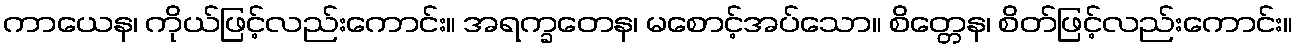
ကာယေန၊ ကိုယ်ဖြင့်လည်းကောင်း။ အရက္ခတေန၊ မစောင့်အပ်သော။ စိတ္တေန၊ စိတ်ဖြင့်လည်းကောင်း။